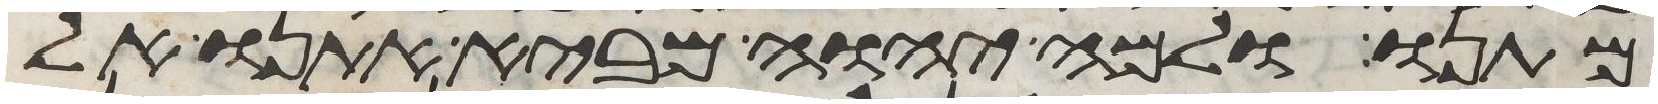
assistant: מתנו ולמה יהוה מביא אתנו אל